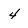
Character: 4